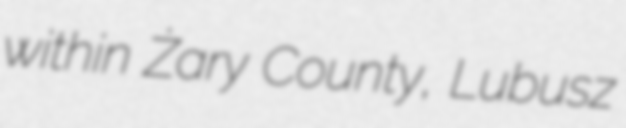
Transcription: within Żary County, Lubusz